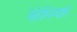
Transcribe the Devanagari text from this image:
नेहेमियाह